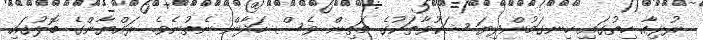
ރުޅިއާ ހިތުގައި ހިނގަމުންދިޔަ ޝަކުވާތަކުގެ މަތިން ވެސް ހަދާން ނެތުނެވެ. ރައްޔާންގެ ބޮލުގައި